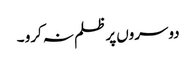
دوسروں پر ظلم نہ کرو ۔